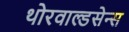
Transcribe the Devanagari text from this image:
थोरवाल्डसेन्स